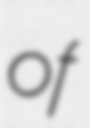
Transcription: of